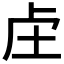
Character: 𮓗